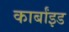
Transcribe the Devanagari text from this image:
कार्बांइड